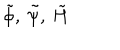
\tilde { \phi } , \: \tilde { \psi } , \: \tilde { H }